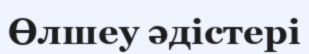
Өлшеу әдістері